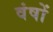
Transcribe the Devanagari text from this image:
वंषों